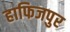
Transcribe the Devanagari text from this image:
हाफिजपुर